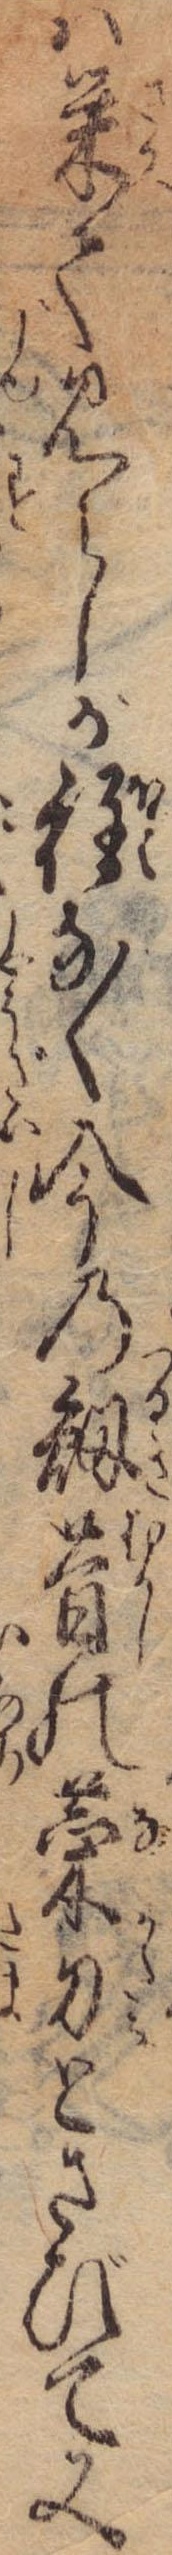
は栄て見えしが程なく今の剣昔の菜刀とさびて又